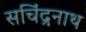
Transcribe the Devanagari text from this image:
सचिंद्रनाथ